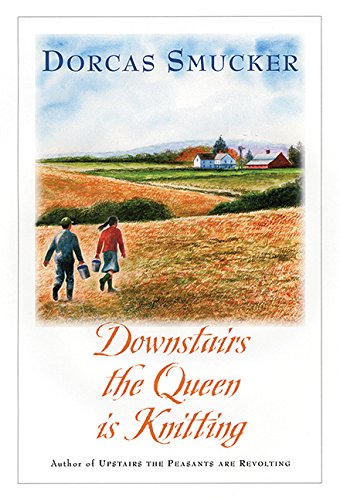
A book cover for Downstairs the Queen is Knitting; Dorcas Smucker; Humor & Entertainment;